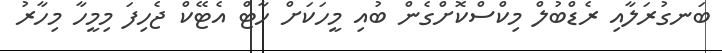
ބަނގުރަލާއި ރެޑްބުލް މިކްސްކޮށްގެން ބުއި މީހަކަށް ހާޓް އެޓޭކް ޖެހިފަ މިމީހާ މިހާރު